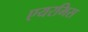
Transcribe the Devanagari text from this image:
एयरमिस